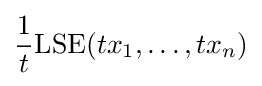
{\frac {1}{t}}\mathrm {LSE} (tx_{1},\dots ,tx_{n})